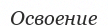
Освоение